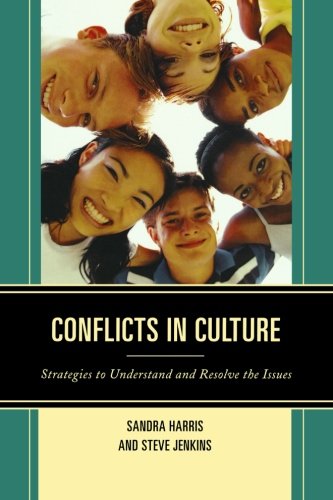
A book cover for Conflicts in Culture: Strategies to Understand and Resolve the Issues; Sandra Harris; Education & Teaching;